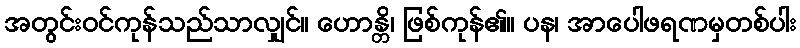
အတွင်းဝင်ကုန်သည်သာလျှင်။ ဟောန္တိ၊ ဖြစ်ကုန်၏။ ပန၊ အာပေါဖရဏမှတစ်ပါး